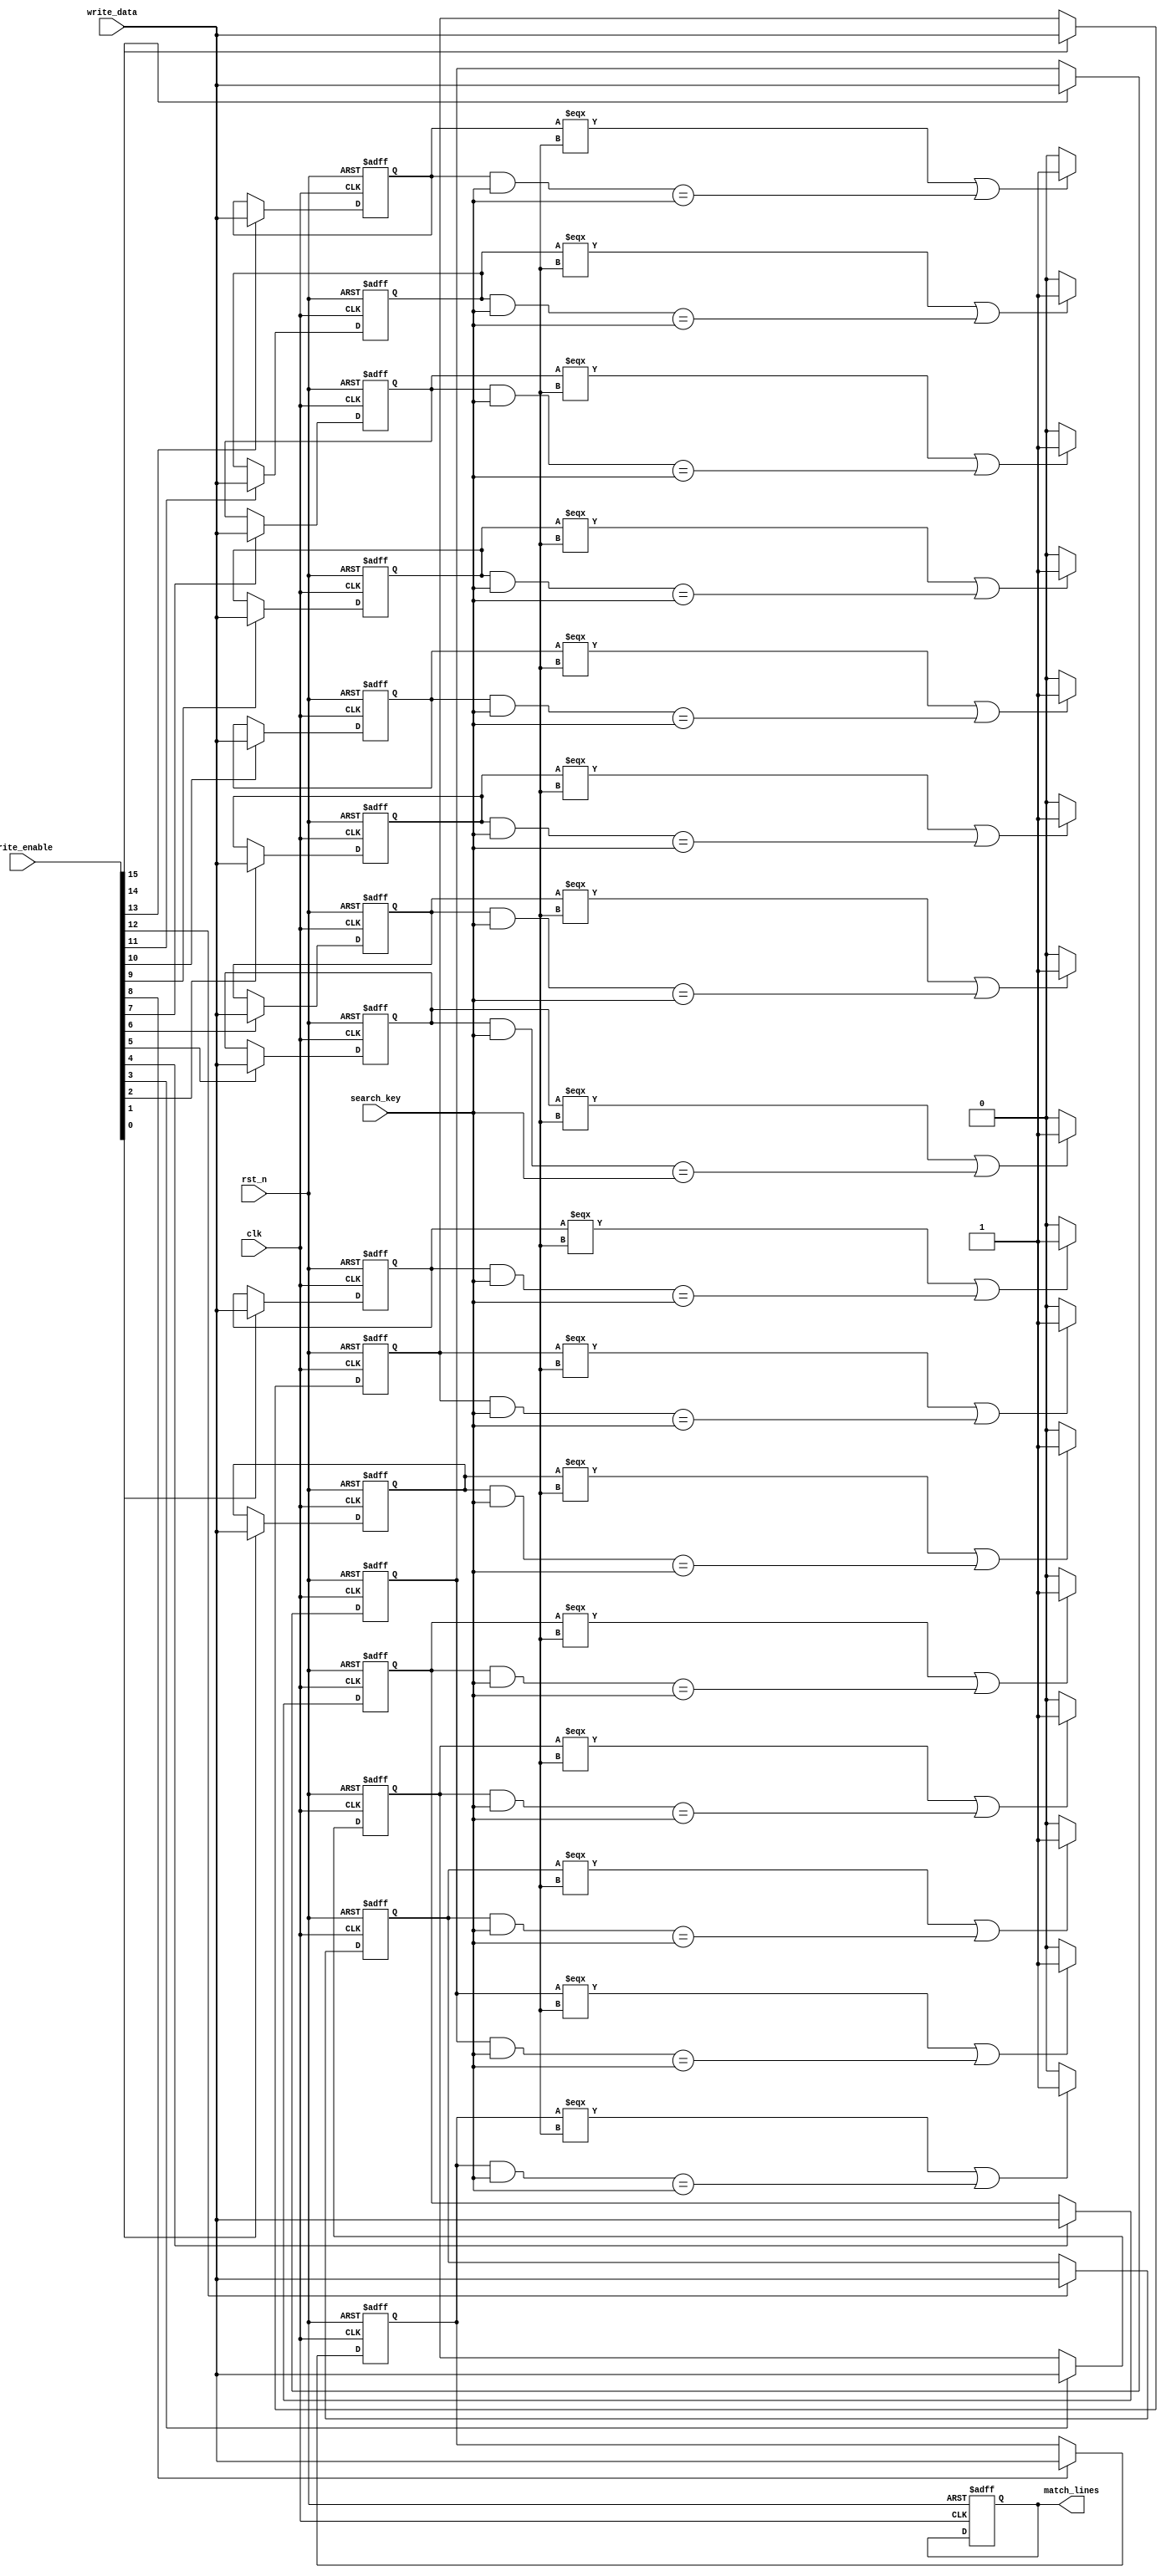
module tcam #(
    parameter NUM_ENTRIES = 16, // Number of TCAM entries
    parameter WIDTH = 8          // Width of the search key
)(
    input wire clk,
    input wire rst_n,
    input wire [WIDTH-1:0] search_key,  // Search key input
    input wire [WIDTH-1:0] write_data,   // Data to write into TCAM
    input wire [NUM_ENTRIES-1:0] write_enable, // Write enable signal for each entry
    output reg [NUM_ENTRIES-1:0] match_lines // Match lines for each TCAM entry
);

    // TCAM Memory Array
    reg [WIDTH-1:0] memory [0:NUM_ENTRIES-1];

    integer i;

    // Writing data into TCAM
    always @(posedge clk or negedge rst_n) begin
        if (!rst_n) begin
            // Clear memory on reset
            for (i = 0; i < NUM_ENTRIES; i = i + 1) begin
                memory[i] <= {WIDTH{1'b0}}; // Initialize to zero
            end
            match_lines <= 0; // Reset match lines
        end else begin
            // Write if enabled
            for (i = 0; i < NUM_ENTRIES; i = i + 1) begin
                if (write_enable[i]) begin
                    memory[i] <= write_data; // Write data into the entry
                end
            end
        end
    end

    // Search Logic
    always @(*) begin
        match_lines = 0; // Reset match lines
        for (i = 0; i < NUM_ENTRIES; i = i + 1) begin
            // Compare search_key with memory entry
            if (memory[i][WIDTH-1:0] === 8'hXX || // Check for 'X' in stored data
                (memory[i][WIDTH-1:0] & search_key) == search_key) begin
                match_lines[i] = 1'b1; // Mark match line high if conditions meet
            end
        end
    end

endmodule